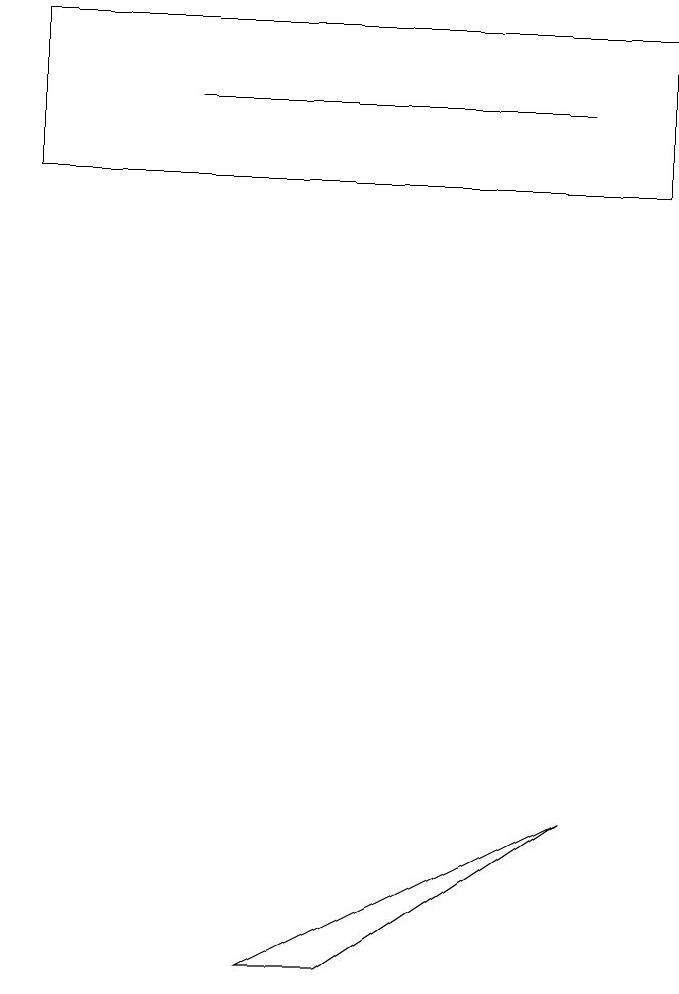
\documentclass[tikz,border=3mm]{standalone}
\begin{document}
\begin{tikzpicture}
\draw (3,5) -- (4,5) -- (7,7) -- cycle;
\draw (7,16) rectangle (2,16);
\draw (8,17) rectangle (0,15);
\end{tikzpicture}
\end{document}